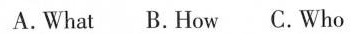
A. What B. How C. Who